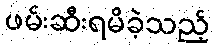
ဖမ်းဆီးရမိခဲ့သည့်